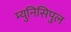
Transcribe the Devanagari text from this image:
म्युनिसिपुल